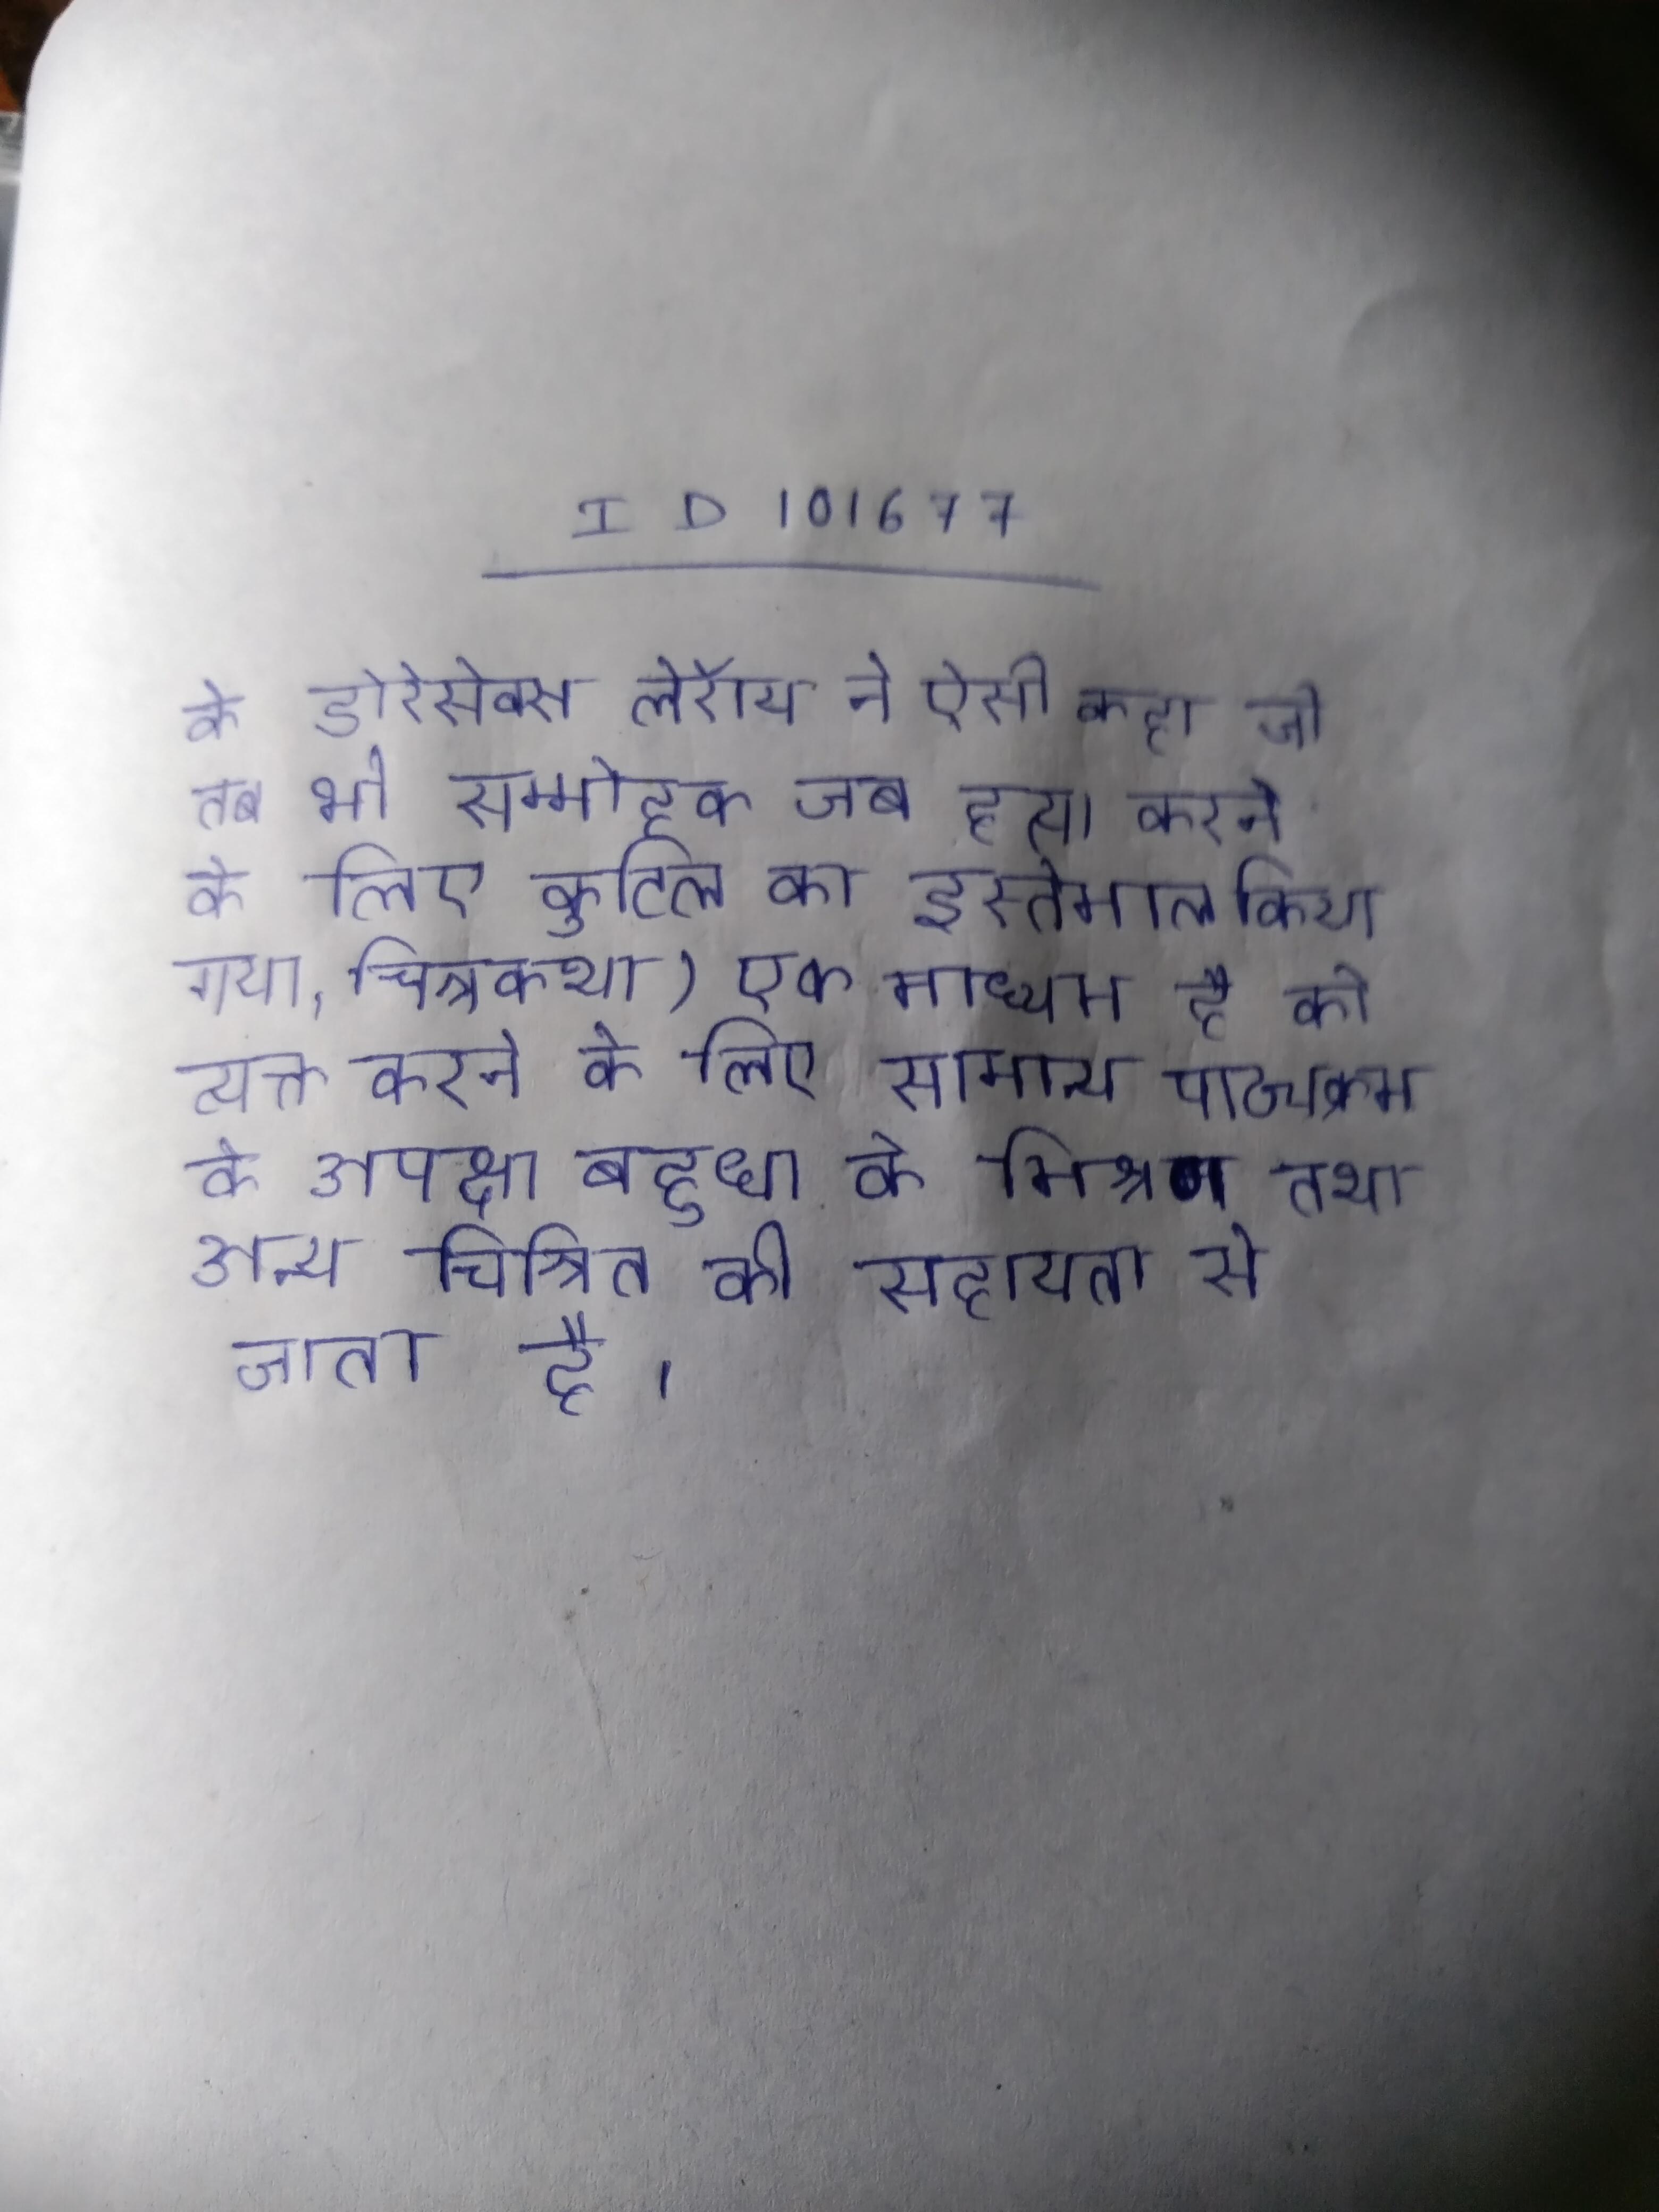
के डोरेसेक्स लेरॉय ने ऐसी कहा जो तब भी सम्मोहक जब हत्या करने के लिए कुटिल का इस्तेमाल किया गया । चित्रकथा) एक माध्यम है को व्यक्त करने के लिए सामान्य पाठ्यक्रम के अपेक्षा बहुधा के मिश्रण तथा अन्य चित्रित की सहायता से जाता है ।